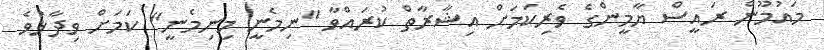
މައުމޫން ރައީސް ޔާމީންގެ ވެރިކަމަށް އިޝާރާތް ކުރައްވާ "ނިމެނީ މިނިމެނީ" ކަމަށް ވިދާޅުވެ